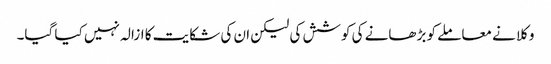
وکلا نے معاملے کو بڑھانے کی کوشش کی لیکن ان کی شکایت کا ازالہ نہیں کیا گیا۔